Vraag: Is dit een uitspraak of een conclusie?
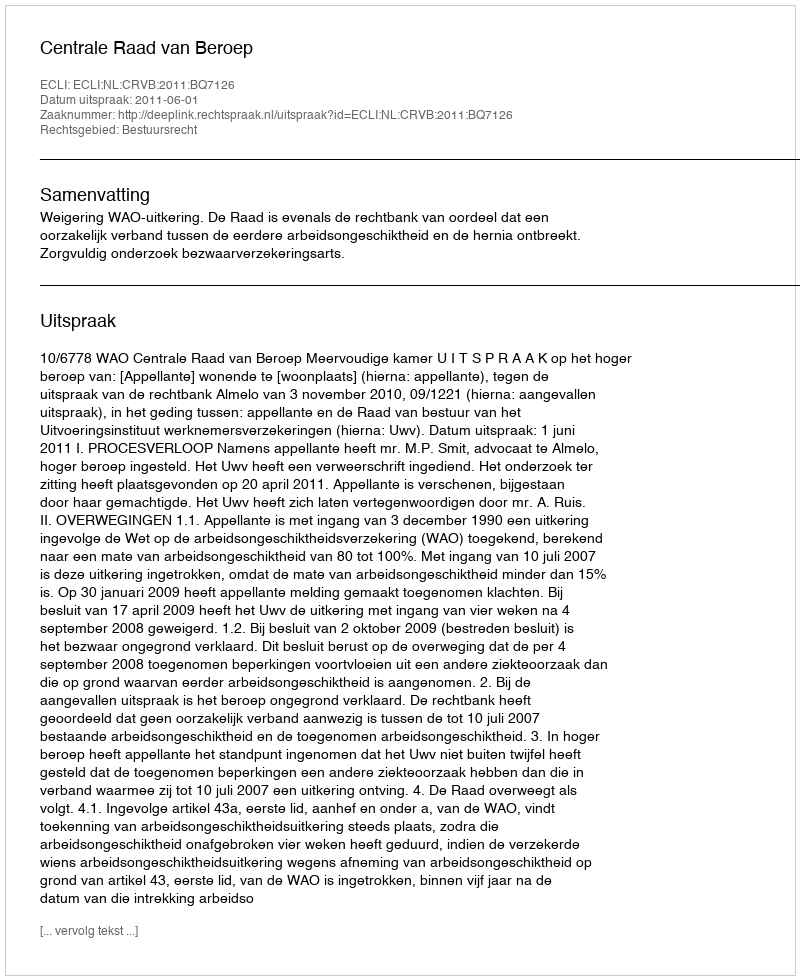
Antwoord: Uitspraak